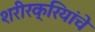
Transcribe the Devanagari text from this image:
शरीरक्रियांचे